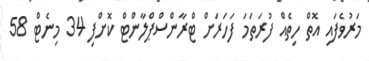
މަރުވެފައި އޮތް ހިތެއް ފުރަތަމަ ފަހަރަށް ޓްރާންސްޕްލާންޓް ކޮށްފި 34 މިނެޓް 58